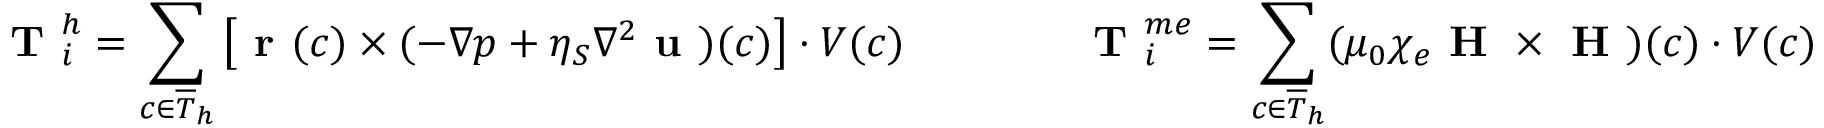
\textbf { T } _ { i } ^ { h } = \sum _ { c \in \overline { { T } } _ { h } } \left[ \textbf { r } ( c ) \times ( - \nabla p + \eta _ { S } \nabla ^ { 2 } \textbf { u } ) ( c ) \right] \cdot V ( c ) \qquad \qquad \textbf { T } _ { i } ^ { m e } = \sum _ { c \in \overline { { T } } _ { h } } ( \mu _ { 0 } \chi _ { e } \textbf { H } \times \textbf { H } ) ( c ) \cdot V ( c )